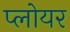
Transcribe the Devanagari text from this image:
प्लोयर